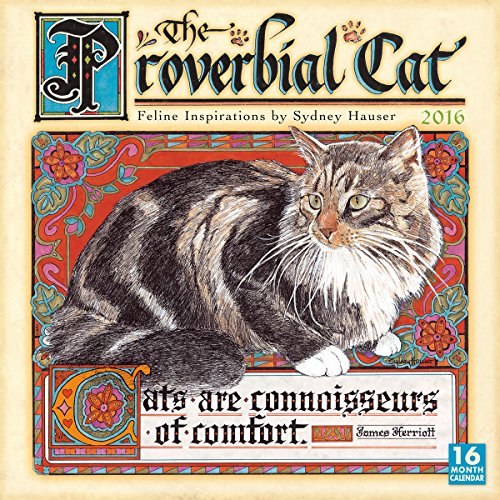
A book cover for Proverbial Cat 2016 Wall Calendar; Sydney Hauser; Calendars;